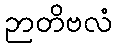
ဉာတိဗလံ